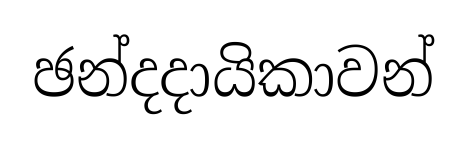
ඡන්දදායිකාවන්